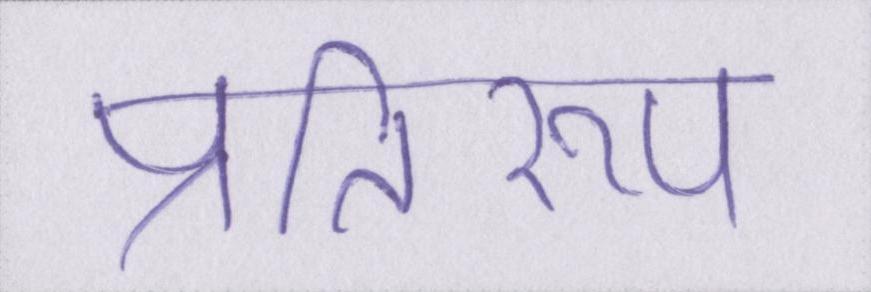
प्रतिरूप